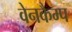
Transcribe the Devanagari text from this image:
वेनकैम्प